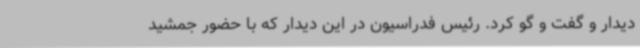
دیدار و گفت و گو کرد. رئیس فدراسیون در این دیدار که با حضور جمشید